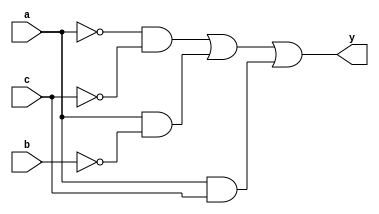
//ejercicio 1.1
module Ejercicio1Tabla1 (input wire a,b,c, output wire y);
    //structural
    wire notA,notB,notC;
    wire w1,w2,w3;
    // negaciones
    not N1(notA,a);
    not N2(notB,b);
    not N3(notC,c);
    // multiplicaciones
    and A1(w1,notA,notC);
    and A2(w2,a,notB);
    and A3(w3,a,c);
    // suma
    or O1(y,w1,w2,w3);
endmodule
//ejercicio 1.2
module Ejercicio1Tabla2(input wire a,b,c,output wire y);
    //structural
    not N1(y,b);
    
endmodule
//ejercicio 1.3
module Ejercicio1Tabla3(input wire a,b,c,d, output wire y);
    wire notA, notB,notC,notD;
    wire w1,w2,w3,w4,w5,w6,w7,w8;
    // structural
    //complemento
    not N1(notA,a);
    not N2(notB,b);
    not N3(notC,c);
    not N4(notD,d);
    //multiplicaciones
    and A1(w1,notA,notB,notC,notD);
    and A2(w2,a,b,notC,notD);
    and A3(w3,notA,b,notC,d);
    and A4(w4,a,notB,notC,d);
    and A5(w5,notA,notB,c,d);
    and A6(w6,a,b,c,d);
    and A7(w7,notA,b,c,notD);
    and A8(w8,a,notB,c,notD);
    // suma
    or O1(y,w1,w2,w3,w4,w5,w6,w7,w8);
endmodule
//ejercicio 1.4
module Ejercicio1Tabla4(input wire a,b,c,d, output wire y);
    wire notC,notD;

    wire w1,w2,w3;
    //complemento
    not N1(notC,c);
    not N2(notD,d);
    //multiplicaciones
    and A1(w1,a,c);
    and A2(w2,a,b);
    and A3(w3,a,notC,notD);
    // suma
    or O1(y,w1,w2,w3);
endmodule
//ejercicio 2.1
module  Ejercicio2Ecuacion1(input wire a,b,c,d,output wire y);
    wire w1,w2,w3,w4;
    assign w1 = a & ~c;
    assign w2 = a & ~b;
    assign w3 = a & ~d;
    assign w4 = ~b & ~c & ~d;
    assign y = w1 | w2 | w3 | w4 ;
endmodule
//ejercicio 2.2
module Ejercicio2Ecuacion2(input wire a,b,c, output wire y);
    assign y = ~b | c;
endmodule
//ejercicio 2.3 
module Ejercicio2Ecuacion3(input wire a,b,c,d, output wire y);
    wire w1,w2;
    assign w1 = ~c & d;
    assign w2 = a & d;
    assign y = b | w1 | w2;
endmodule

//ejercicio 2.4
module Ejercicio2Ecuacion4 (input wire a,b,c, output wire y);
    assign y= b | (~a & ~c);
endmodule